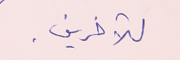
للآخرين.